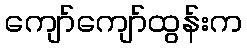
ကျော်ကျော်ထွန်းက